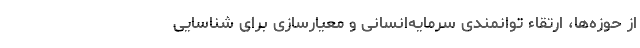
از حوزه­ها، ارتقاء توانمندی سرمایه­انسانی و معیار­سازی برای شناسایی